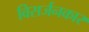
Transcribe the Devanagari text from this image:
विसर्जनकार